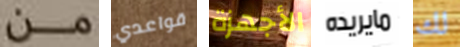
من قواعدي الأجهزة مايريده لك